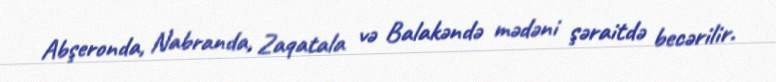
Abşeronda, Nabranda, Zaqatala və Balakəndə mədəni şəraitdə becərilir.